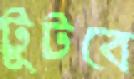
টুটবে